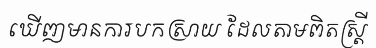
ឃើញមានការបកស្រាយ ដែលតាមពិតស្ត្រី